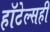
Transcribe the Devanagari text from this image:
हॉटेल्सही